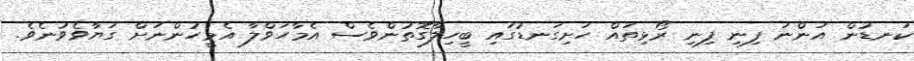
ކަނޑުން އަންނަ ފިނި ފިނި ރޯޅިތައް ހަށިގަނޑުގައި ބީހިލާގޮތުންވެސް އެމާހަވްލާ އެމީހުންނަށް ގަޔާވެވުނެވެ.